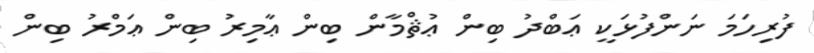
ފުރިހަމަ ނަންފުޅަކީ ޢަބްދު ބިން ޢުޘްމާން ބިން ޢާމިރު ބިން ޢަމްރު ބިން